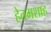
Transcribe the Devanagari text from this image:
हेतमशाह